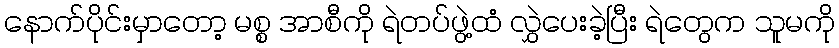
နောက်ပိုင်းမှာတော့ မစ္စ အာစီကို ရဲတပ်ဖွဲ့ထံ လွှဲပေးခဲ့ပြီး ရဲတွေက သူမကို